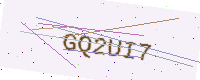
Text: GQ2UI7